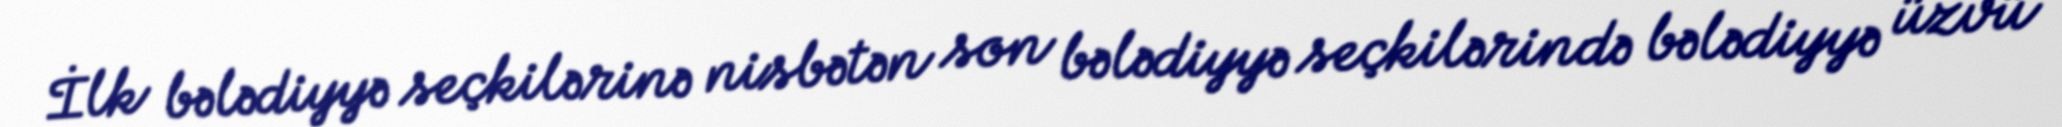
İlk bələdiyyə seçkilərinə nisbətən son bələdiyyə seçkilərində bələdiyyə üzvü